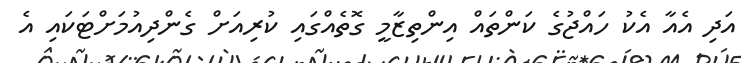
އަދި އެއާ އެކު ހައްޖުގެ ކަންތައް އިންތިޒާމީ ގޮތެއްގައި ކުރިއަށް ގެންދިއުމަށްޓަކައި އެ